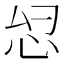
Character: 𫹹